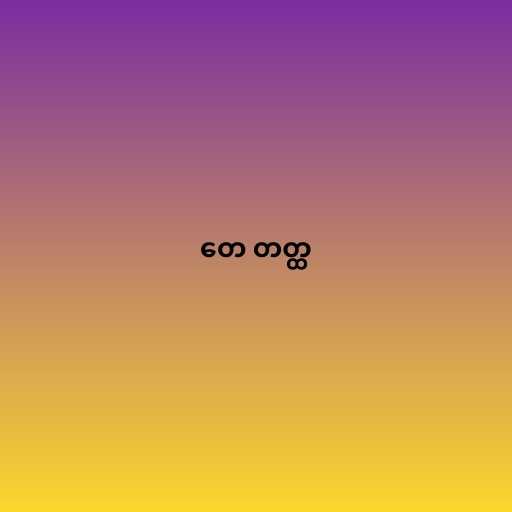
တေ တတ္ထ